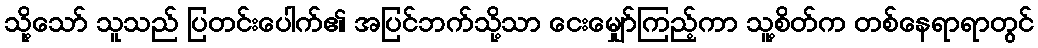
သို့သော် သူသည် ပြတင်းပေါက်၏ အပြင်ဘက်သို့သာ ငေးမျှော်ကြည့်ကာ သူ့စိတ်က တစ်နေရာရာတွင်